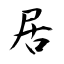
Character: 居